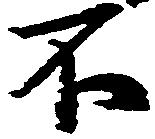
不